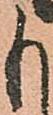
も